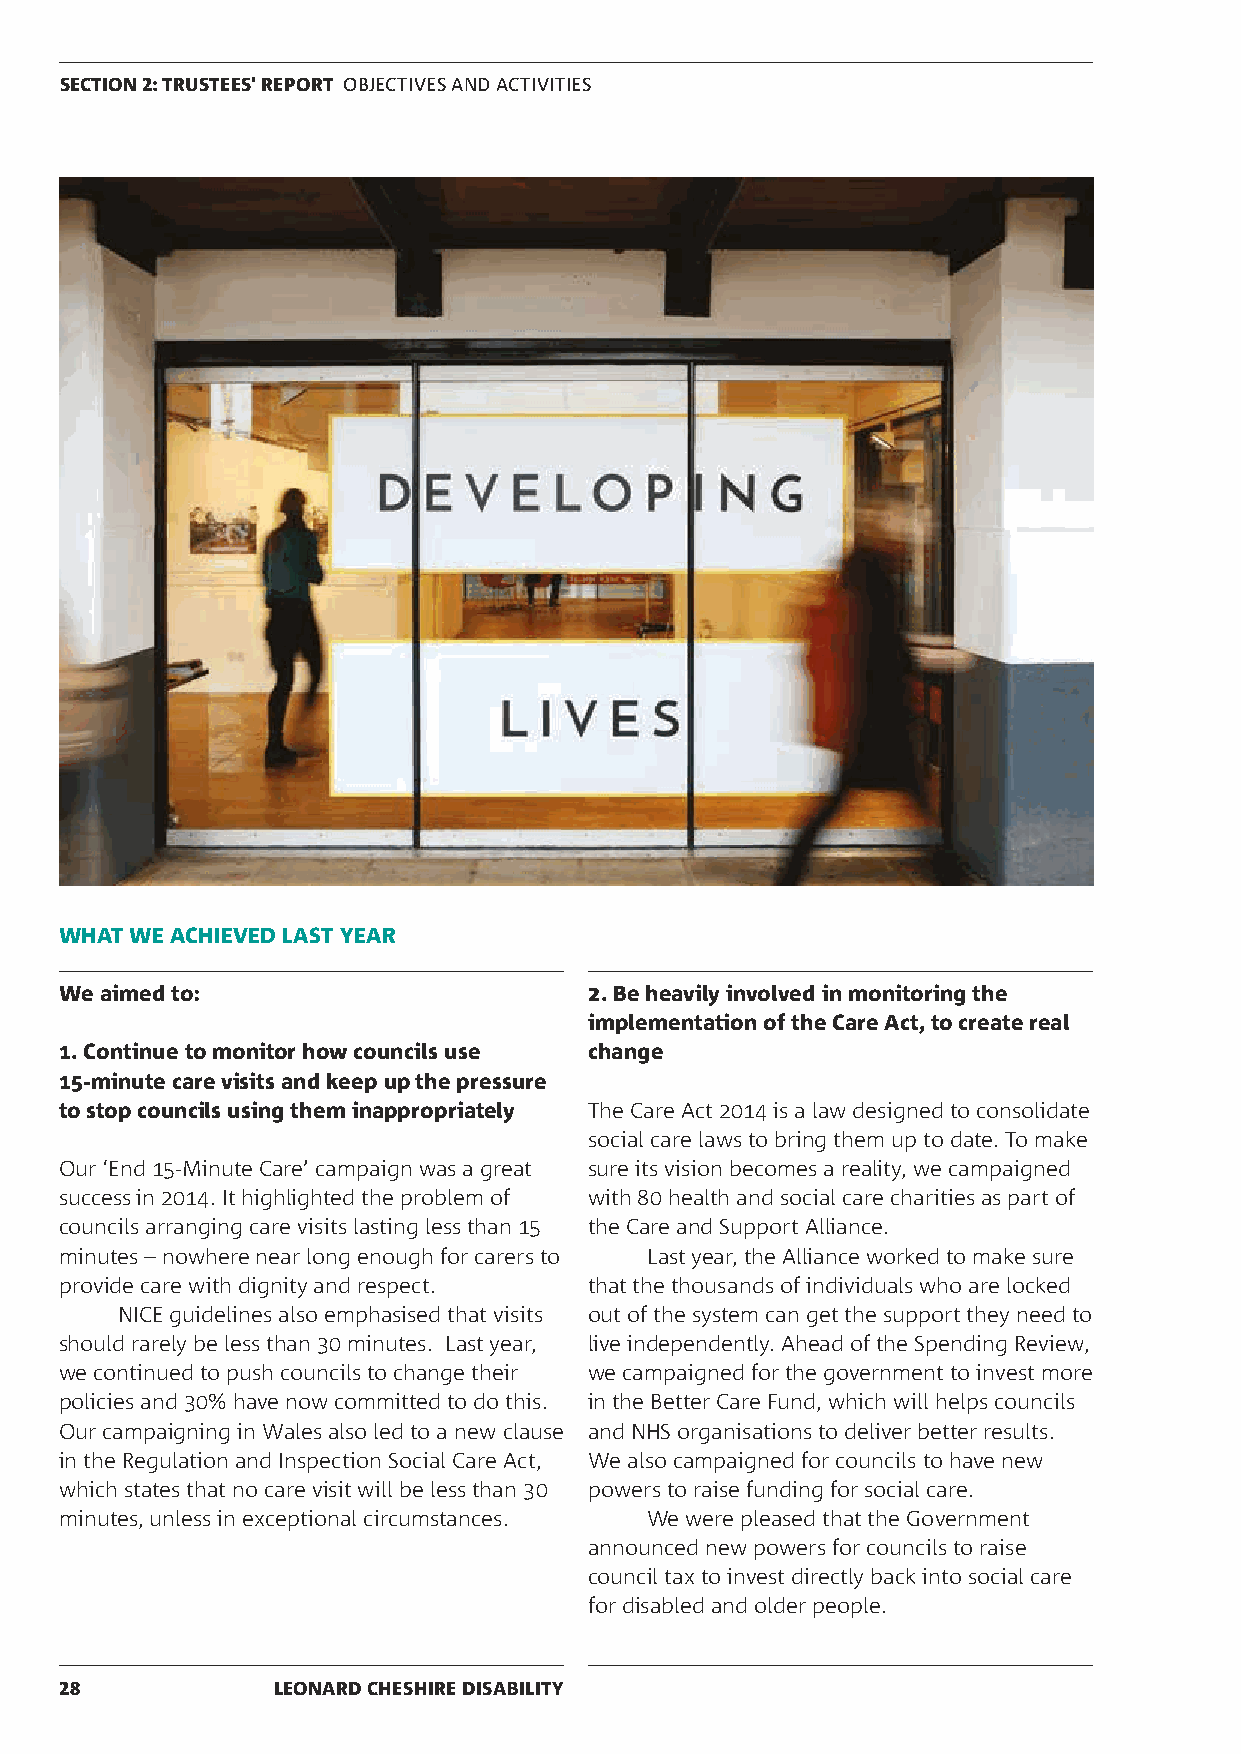
SECTION 2: TRUSTEES' REPORT OBJECTIVES AND ACTIVITIES
 WHAT WE ACHIEVED LAST YEAR
 We aimed to:                       2. Be heavily involved in monitoring the
 implementation of the Care Act, to create real
 1. Continue to monitor how councils use change
 15-minute care visits and keep up the pressure
 to stop councils using them inappropriately The Care Act 2014 is a law designed to consolidate
 social care laws to bring them up to date. To make
 Our ‘End 15-Minute Care’ campaign was a great sure its vision becomes a reality, we campaigned
 success in 2014. It highlighted the problem of with 80 health and social care charities as part of
 councils arranging care visits lasting less than 15 the Care and Support Alliance.
 minutes – nowhere near long enough for carers to Last year, the Alliance worked to make sure
 provide care with dignity and respect. that the thousands of individuals who are locked
 NICE guidelines also emphasised that visits out of the system can get the support they need to
 should rarely be less than 30 minutes. Last year, live independently. Ahead of the Spending Review,
 we continued to push councils to change their we campaigned for the government to invest more
 policies and 30% have now committed to do this. in the Better Care Fund, which will helps councils
 Our campaigning in Wales also led to a new clause and NHS organisations to deliver better results.
 in the Regulation and Inspection Social Care Act, We also campaigned for councils to have new
 which states that no care visit will be less than 30 powers to raise funding for social care.
 minutes, unless in exceptional circumstances. We were pleased that the Government
 announced new powers for councils to raise
 council tax to invest directly back into social care
 for disabled and older people.
 28            LEONARD CHESHIRE DISABILITY